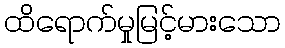
ထိရောက်မှုမြင့်မားသော